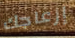
إزعاجك